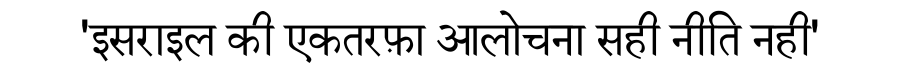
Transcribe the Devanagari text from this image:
'इसराइल की एकतरफ़ा आलोचना सही नीति नही'